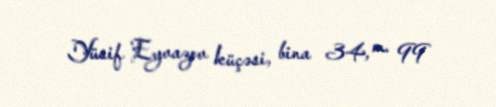
Yüsif Eyvazov küçəsi, bina 34, m. 99